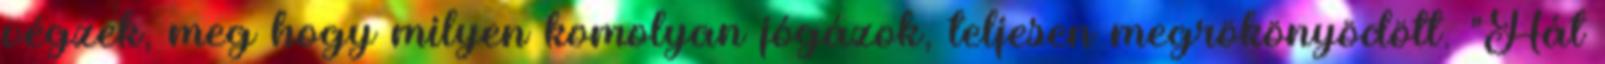
végzek, meg hogy milyen komolyan jógázok, teljesen megrökönyödött. "Hát